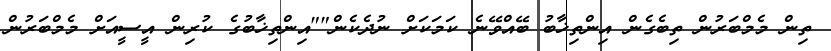
ތިން މެމްބަރުން ތިބެގެން އިންތިޚާބު ބޭއްވޭނެ ކަމަކަށް ނުދެކެން""އިންތިޚާބުގެ ކުރިން އީސީއަށް މެމްބަރުން